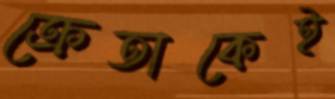
ক্রেতাকেই